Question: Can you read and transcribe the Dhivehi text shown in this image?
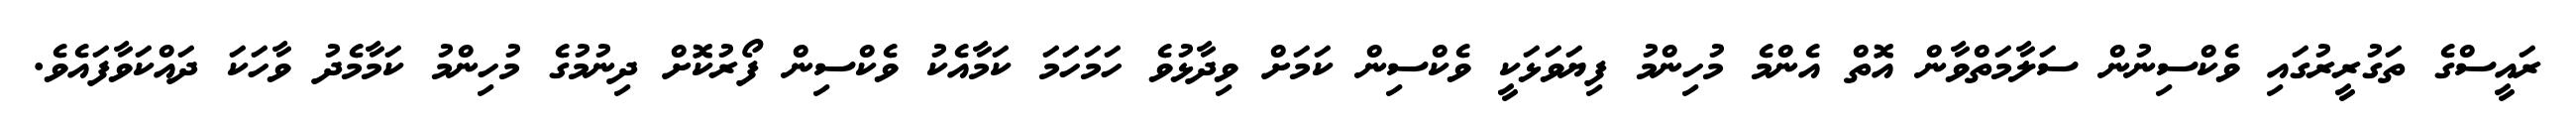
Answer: ރައީސްގެ ތަގުރީރުގައި ވެކްސިނުން ސަލާމަތްވާން އޮތް އެންމެ މުހިންމު ފިޔަވަޅަކީ ވެކްސިން ކަމަށް ވިދާޅުވެ ހަމަހަމަ ކަމާއެކު ވެކްސިން ފޯރުކޮށް ދިނުމުގެ މުހިންމު ކަމާމެދު ވާހަކަ ދައްކަވާފައެވެ.